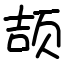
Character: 颉